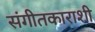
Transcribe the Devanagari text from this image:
संगीतकाराशी